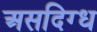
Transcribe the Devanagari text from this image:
असदिग्ध